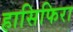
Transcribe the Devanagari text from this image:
हासिफिरा